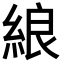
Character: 𦀬